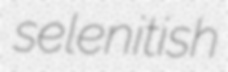
selenitish